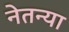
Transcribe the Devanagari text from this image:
नेतन्या